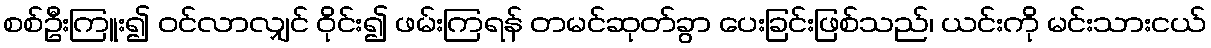
စစ်ဦးကြူး၍ ဝင်လာလျှင် ဝိုင်း၍ ဖမ်းကြရန် တမင်ဆုတ်ခွာ ပေးခြင်းဖြစ်သည်၊ ယင်းကို မင်းသားငယ်